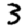
Digit: 3